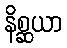
နိစ္ဆယာ